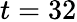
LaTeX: t=32